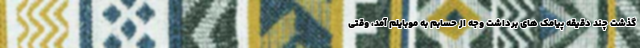
گذشت چند دقیقه پیامک های برداشت وجه از حسابم به موبایلم آمد، وقتی